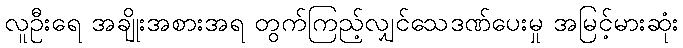
လူဦးရေ အချိုးအစားအရ တွက်ကြည့်လျှင်သေဒဏ်ပေးမှု အမြင့်မားဆုံး